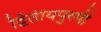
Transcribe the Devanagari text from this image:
द्वितीयपुरुषी